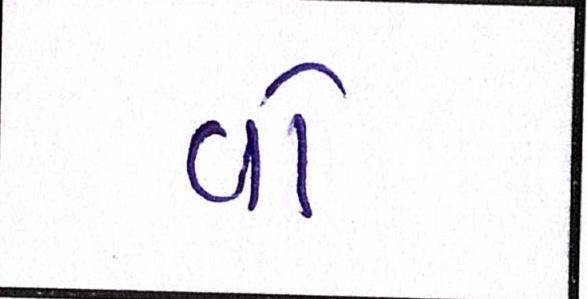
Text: વો